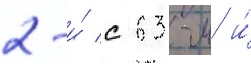
2-и́ с 63-м и́